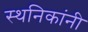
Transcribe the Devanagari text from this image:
स्थनिकांनी